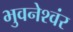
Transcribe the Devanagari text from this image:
भुवनेश्वंर